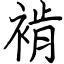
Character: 褃